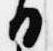
日